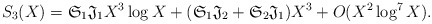
\begin{align*}S_3(X)=\mathfrak{S}_1\mathfrak{J}_1X^3\log X+(\mathfrak{S}_1\mathfrak{J}_2+\mathfrak{S}_2\mathfrak{J}_1)X^3+O(X^2\log^7X).\end{align*}